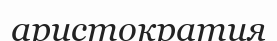
аристократия